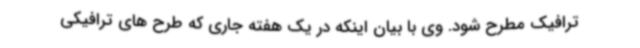
ترافیک مطرح شود. وی با بیان اینکه در یک هفته جاری که طرح های ترافیکی